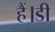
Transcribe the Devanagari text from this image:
हैं।डी